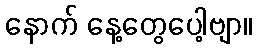
နောက် နေ့တွေပေါ့ဗျာ။